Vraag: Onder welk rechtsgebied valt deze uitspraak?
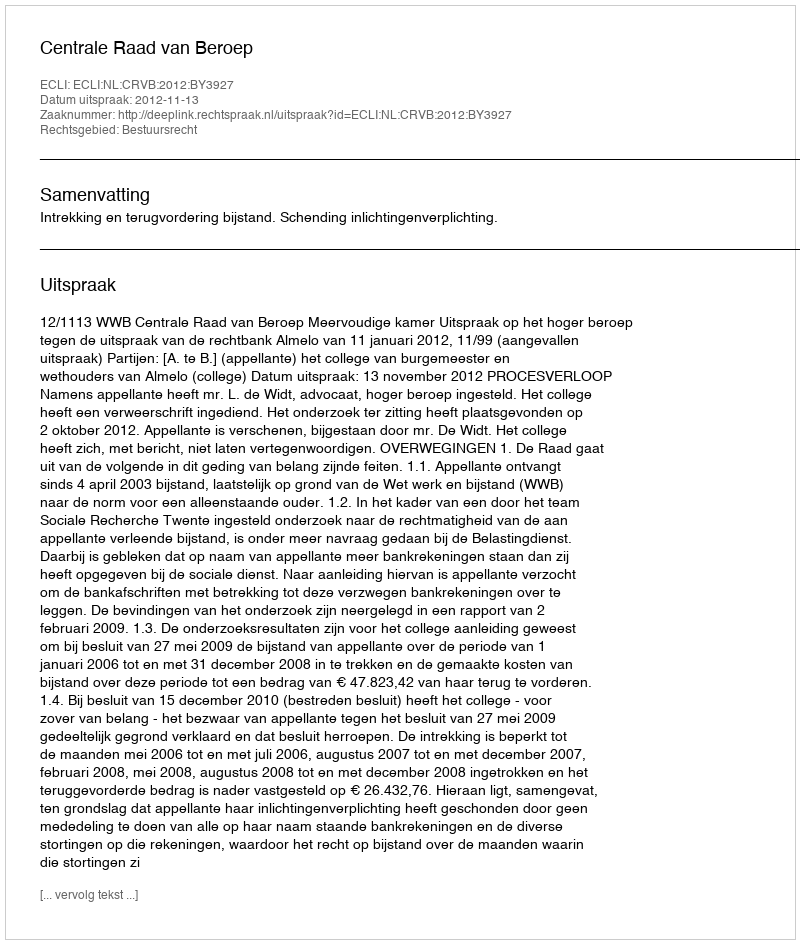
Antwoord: Bestuursrecht